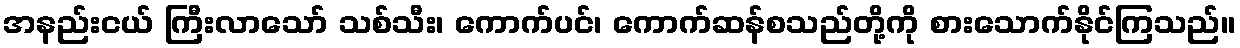
အနည်းငယ် ကြီးလာသော် သစ်သီး၊ ကောက်ပင်၊ ကောက်ဆန်စသည်တို့ကို စားသောက်နိုင်ကြသည်။